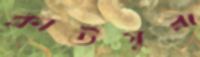
ক্লাউসুরা